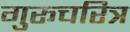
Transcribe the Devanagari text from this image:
गुरूचरित्र